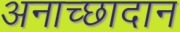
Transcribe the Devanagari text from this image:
अनाच्छादान